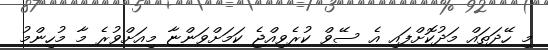
މި ހޭދަތައް މަދުކޮށްފައި އެ ސޭވް ކުރެވިއްޖެ ކަމަށްވަންޏާ މިއަށްވުރެ މާ މުހިންމު